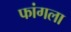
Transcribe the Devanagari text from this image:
फांगला